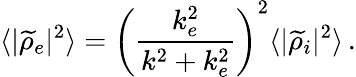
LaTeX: \langle|\widetilde{\rho}_{e}|^{2}\rangle=\left(\frac{k_{e}^{2}}{k^{2}+k_{e}^{2}}\right)^{2}\langle|\widetilde{\rho}_{i}|^{2}\rangle\, .